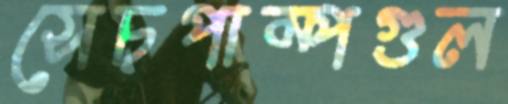
সেচপাম্পগুল